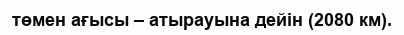
төмен ағысы – атырауына дейін (2080 км).